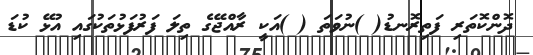
ދޮންކޮތަރި ފަތިރޮނޑު( )ނުވަތަ ( )އަކީ ރާއްޖޭގެ ތިލަ ފަރުފަޅުތަކުގައި އުޅޭ ކުޑަ